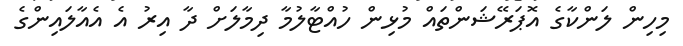
މިހިން ލަންކާގެ އޮޕަރޭޝަންތައް މުޅިން ހުއްޓާލުމާ ދިމާލަށް ދާ އިރު އެ އެއާލައިންގެ